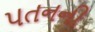
૫તનની